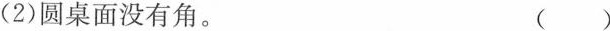
(2)圆桌面没有角。 ()